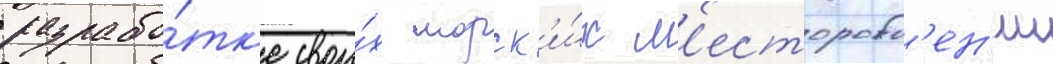
разрабо́тк'е свои́х морск'и́х м'есторожд'ен'ии